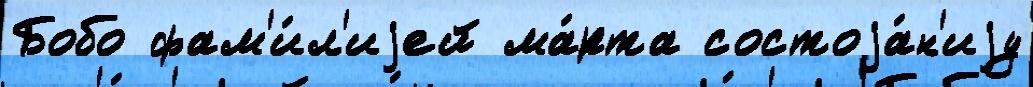
Бобо фам'и́л'иjей ма́рта состоjа́н'иjу